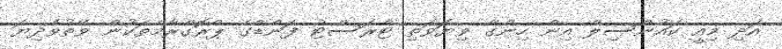
އަދި މިއީ ކައުންސިލް އިން ހިންގާ ވިޔަވަތި ޓްރަސްޓް ފަންޑްގެ ޕްރޮގްރާމްތަކުން ވޭތުވެދިޔަ